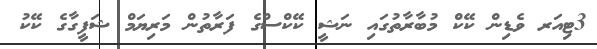
3ޓިއަރ ވެޑިން ކޭކް މުބާރާތުގައި ނަޝީ ކޭކްސްގެ ފަރާތުން މަރިޔަމް ޝަފީގާގެ ކޭކު